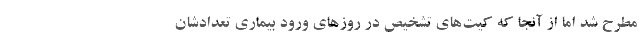
مطرح شد اما از آنجا که کیت‌های تشخیص در روزهای ورود بیماری تعدادشان